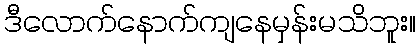
ဒီလောက်နောက်ကျနေမှန်းမသိဘူး။